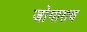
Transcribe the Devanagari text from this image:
जोगाराव